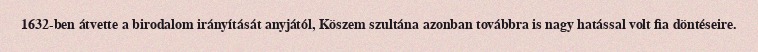
1632-ben átvette a birodalom irányítását anyjától, Köszem szultána azonban továbbra is nagy hatással volt fia döntéseire.